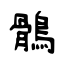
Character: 鶻